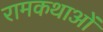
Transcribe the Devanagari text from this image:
रामकथाओं